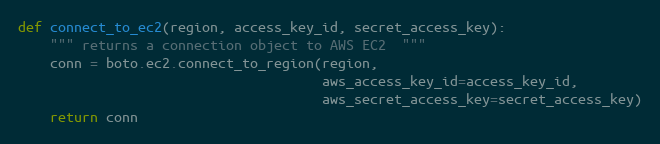
Language: Python
def connect_to_ec2(region, access_key_id, secret_access_key):
    """ returns a connection object to AWS EC2  """
    conn = boto.ec2.connect_to_region(region,
                                      aws_access_key_id=access_key_id,
                                      aws_secret_access_key=secret_access_key)
    return conn